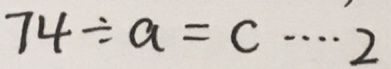
7 4 \div a = c \cdots 2